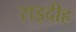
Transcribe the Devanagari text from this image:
राइदीह